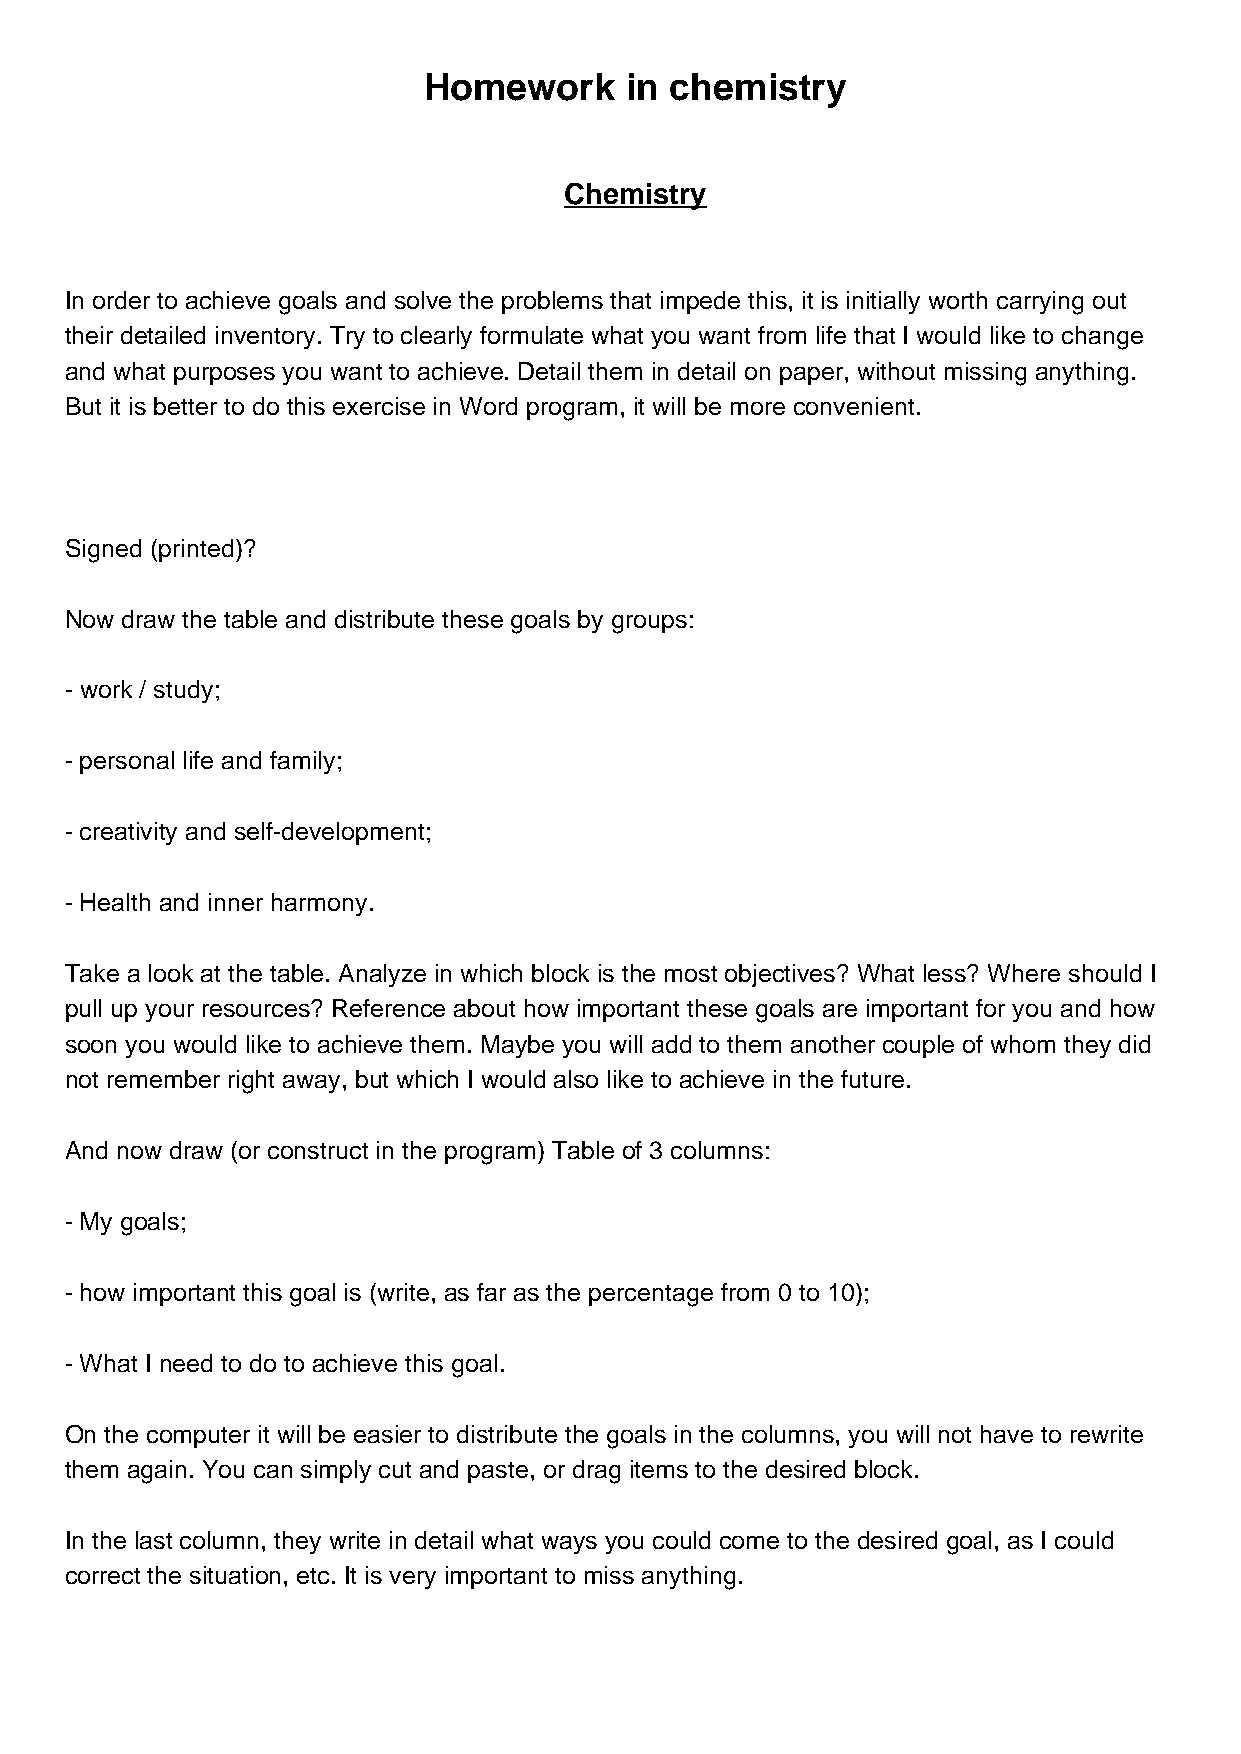
Homework     in chemistry
 Chemistry
 In order to achieve goals and solve the problems that impede this, it is initially worth carrying out
 their detailed inventory. Try to clearly formulate what you want from life that I would like to change
 and what purposes you want to achieve. Detail them in detail on paper, without missing anything.
 But it is better to do this exercise in Word program, it will be more convenient.
 Signed (printed)?
 Now draw the table and distribute these goals by groups:
 - work / study;
 - personal life and family;
 - creativity and self-development;
 - Health and inner harmony.
 Take a look at the table. Analyze in which block is the most objectives? What less? Where should I
 pull up your resources? Reference about how important these goals are important for you and how
 soon you would like to achieve them. Maybe you will add to them another couple of whom they did
 not remember right away, but which I would also like to achieve in the future.
 And now draw (or construct in the program) Table of 3 columns:
 - My goals;
 - how important this goal is (write, as far as the percentage from 0 to 10);
 - What I need to do to achieve this goal.
 On the computer it will be easier to distribute the goals in the columns, you will not have to rewrite
 them again. You can simply cut and paste, or drag items to the desired block.
 In the last column, they write in detail what ways you could come to the desired goal, as I could
 correct the situation, etc. It is very important to miss anything.